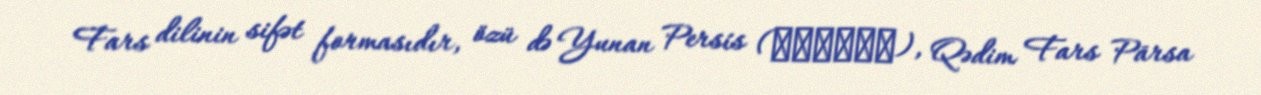
Fars dilinin sifət formasıdır, özü də Yunan Persís (Περσίς), Qədim Fars Pārsa